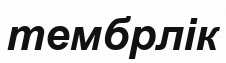
тембрлік